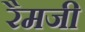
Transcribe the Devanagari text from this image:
रैमजी